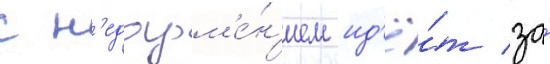
с н'едоум'е́н'ием ид'ё́т за́